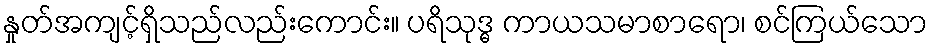
နှုတ်အကျင့်ရှိသည်လည်းကောင်း။ ပရိသုဒ္ဓ ကာယသမာစာရော၊ စင်ကြယ်သော